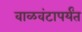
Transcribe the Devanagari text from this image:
वाळवंटापर्यंत